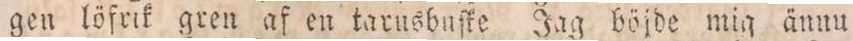
gen löfrik gren af en taxusbuſke Jag böjde mig ännu